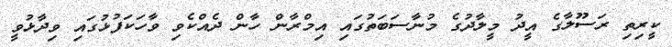
ކީރިތި ރަސޫލާގެ އީދު މީލާދުގެ މުނާސަބަތުގައި އިމްރާން ހާން ދެއްކެވި ވާހަކަފުޅުގައި ވިދާޅުވީ